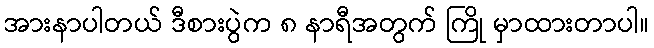
အားနာပါတယ် ဒီစားပွဲက ၈ နာရီအတွက် ကြို မှာထားတာပါ။